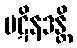
ပဋိနဒန္တိ